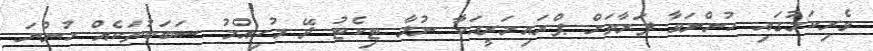
ވެރިކަމުގައި ހުންނަވާ ފަރާތަށް ޕްރައިމަރީއަކާ ނުލާ ޓިކެޓު ދޭ މުހިއްމު ސަބަބުތަކެއް ހުންނަ